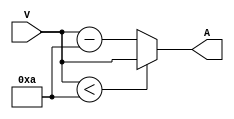
module circuit_A (
    input [3:0] V,
    output reg [3:0] A
);
    always @(*)
        if (V < 4'b1010)
            A = V;
        else 
            A = V - 4'b1010;

endmodule